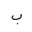
Letter: _ba